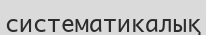
систематикалық